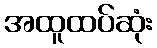
အထူထပ်ဆုံး